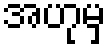
အဟုမှ